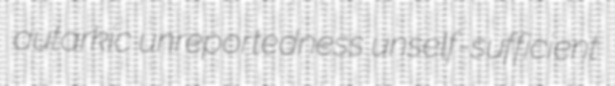
autarkic unreportedness unself-sufficient